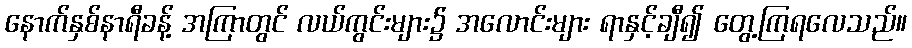
နောက်နှစ်နာရီခန့် အကြာတွင် လယ်ကွင်းများ၌ အလောင်းများ ရာနှင့်ချီ၍ တွေ့ကြရလေသည်။